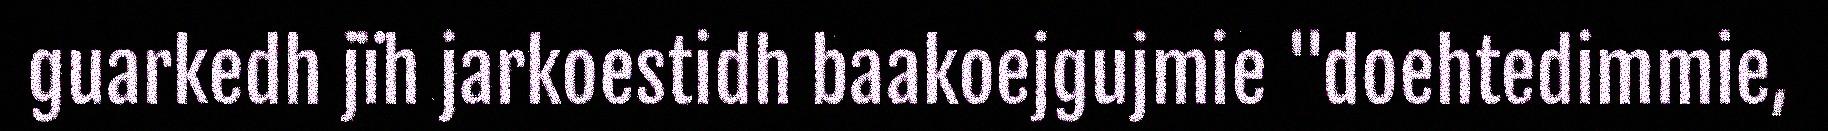
guarkedh jïh jarkoestidh baakoejgujmie "doehtedimmie,